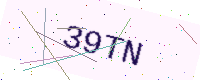
Text: 39TN